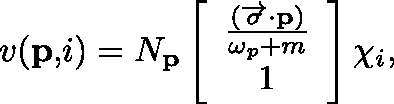
v ( \mathbf { p , } i ) = N _ { \mathbf { p } } \left[ \begin{array} { c } { { \frac { ( \overrightarrow { \mathbf { \sigma } } \mathbf { \cdot p } ) } { \omega _ { p } + m } } } \\ { { 1 } } \end{array} \right] \chi _ { i } ,